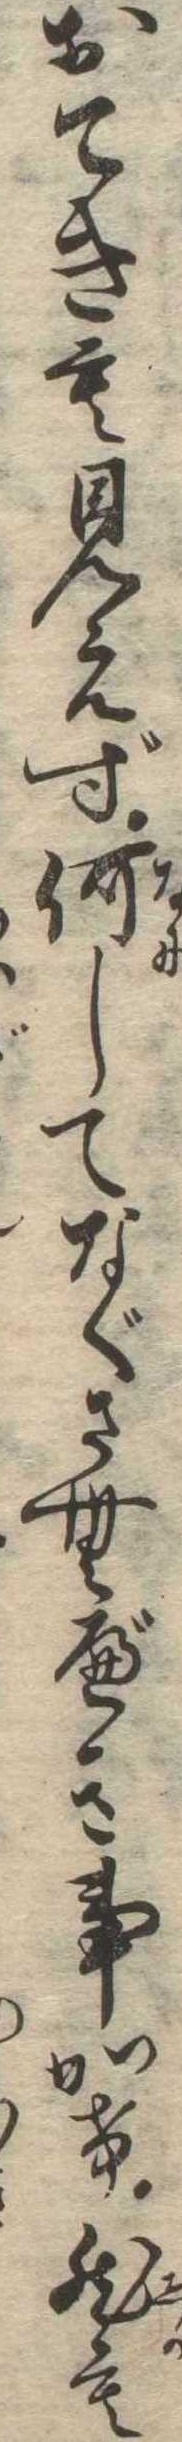
おてきも見えず何してなぐさむべき事かけ然も